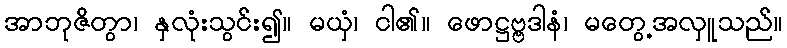
အာဘုဇိတွာ၊ နှလုံးသွင်း၍။ မယှံ၊ ငါ၏။ ဖောဋ္ဌဗ္ဗဒါနံ၊ မတွေ့အလှူသည်။